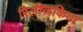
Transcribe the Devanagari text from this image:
रिलीज़किया